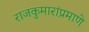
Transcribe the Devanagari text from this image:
राजकुमारांप्रमाणे